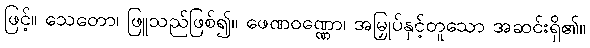
ဖြင့်။ သေတော၊ ဖြူသည်ဖြစ်၍။ ဖေဏဝဏ္ဏော၊ အမြှုပ်နှင့်တူသော အဆင်းရှိ၏။